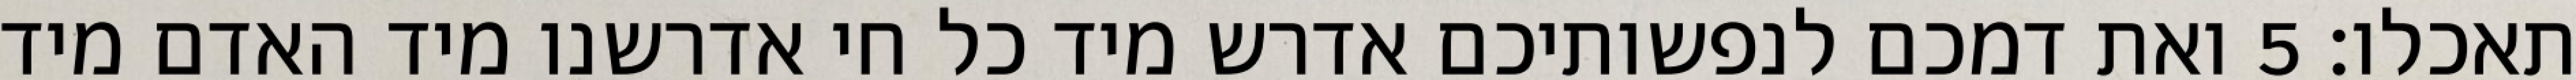
תאכלו׃ ‎5‏ ואת דמכם לנפשותיכם אדרש מיד כל חי אדרשנו מיד האדם מיד